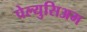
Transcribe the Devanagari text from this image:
पेल्युसिअम